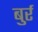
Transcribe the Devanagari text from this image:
बुर्र